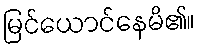
မြင်ယောင်နေမိ၏။